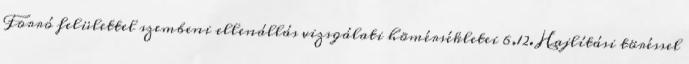
Forró felülettel szembeni ellenállás vizsgálati hõmérsékletei 6.12. Hajlítási töréssel